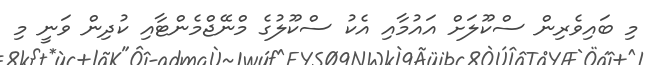
މި ބައިވެރިން ސްކޫލަށް އައުމާއި އެކު ސްކޫލުގެ މްނޭޖްމެންޓާއި ކުދިން ވަނީ މި